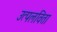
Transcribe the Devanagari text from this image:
उत्पलविता